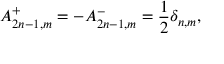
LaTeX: A _ { 2 n - 1 , m } ^ { + } = - A _ { 2 n - 1 , m } ^ { - } = \frac { 1 } { 2 } \delta _ { n , m } ,